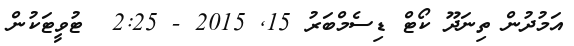
އަމުދުން ތިނަދޫ ކޯޓް ޑިސެމްބަރު 15